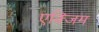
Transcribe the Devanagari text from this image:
एक्जिम